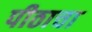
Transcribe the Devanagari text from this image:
पीठाचा